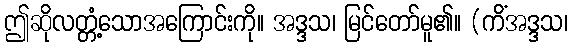
ဤဆိုလတ္တံ့သောအကြောင်းကို။ အဒ္ဒသ၊ မြင်တော်မူ၏။ (ကိံအဒ္ဒသ၊